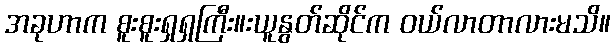
အခုဟာက စူးစူးရှရှကြီး။းယူနွတ်ဆိုင်က ဝယ်လာတာလားမသိ။